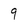
Character: 9